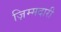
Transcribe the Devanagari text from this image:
ज़िम्मदारी